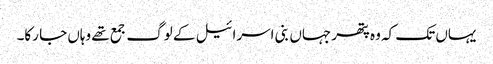
یہاں تک کہ وہ پتھر جہاں بنی اسرائیل کے لوگ جمع تھے وہاں جا رکا۔